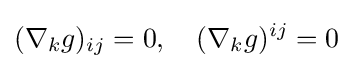
(\nabla _{k}g)_{ij}=0,\quad (\nabla _{k}g)^{ij}=0